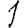
Digit: 1